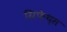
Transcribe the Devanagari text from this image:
ग्रिफ़ेथ्स